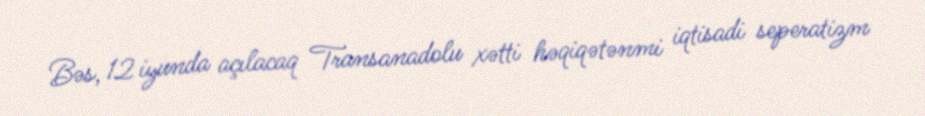
Bəs, 12 iyunda açılacaq Transanadolu xətti həqiqətənmi iqtisadi seperatizm